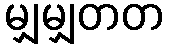
မျှမျှတတ